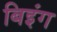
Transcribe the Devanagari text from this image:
बिइंग